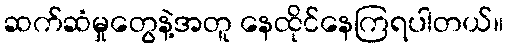
ဆက်ဆံမှုတွေနဲ့အတူ နေထိုင်နေကြရပါတယ်။